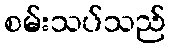
စမ်းသပ်သည်